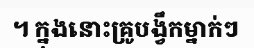
។ ក្នុងនោះគ្រូបង្វឹកម្នាក់ៗ